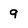
Character: 9